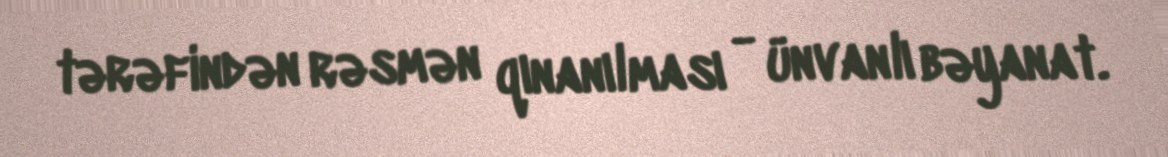
tərəfindən rəsmən qınanılması - ünvanlı bəyanat.